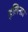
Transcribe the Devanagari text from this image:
इलिनार